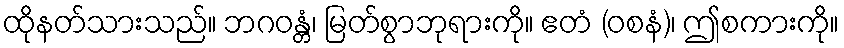
ထိုနတ်သားသည်။ ဘဂဝန္တံ၊ မြတ်စွာဘုရားကို။ ဧတံ (ဝစနံ)၊ ဤစကားကို။